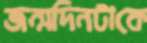
জন্মদিনটাকে